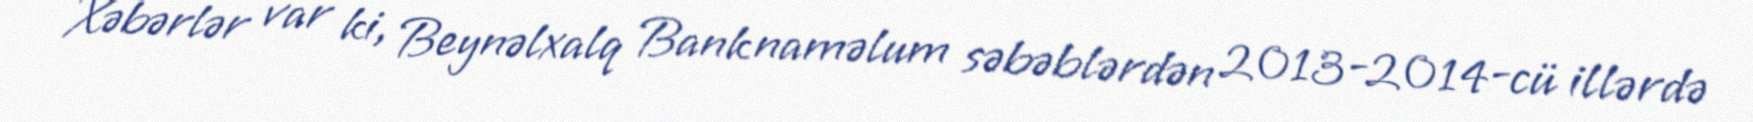
Xəbərlər var ki, Beynəlxalq Bank naməlum səbəblərdən 2013-2014-cü illərdə